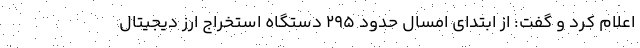
اعلام کرد و گفت: از ابتدای امسال حدود 295 دستگاه استخراج ارز دیجیتال